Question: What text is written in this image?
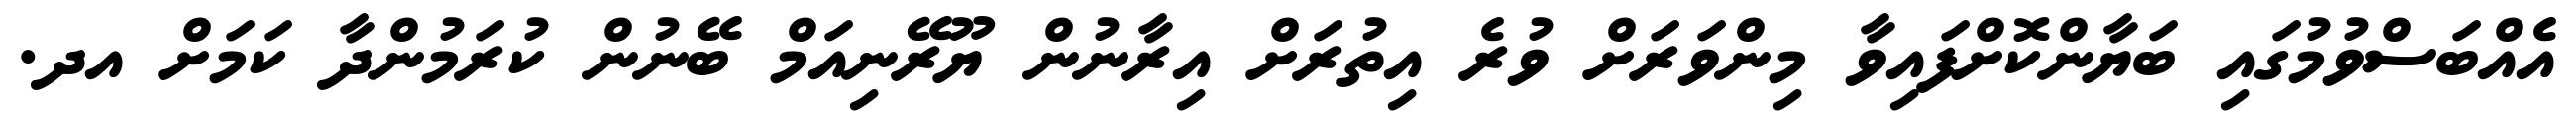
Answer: އެއްބަސްވުމުގައި ބަޔާންކޮށްފައިވާ މިންވަރަށް ވުރެ އިތުރަށް އިރާނުން ޔޫރޭނިއަމް ބޭނުން ކުރަމުންދާ ކަމަށް އދ.